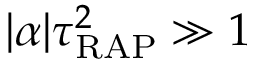
| \alpha | \tau _ { \mathrm { R A P } } ^ { 2 } \gg 1